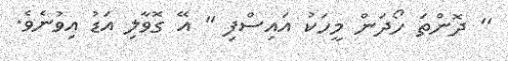
'' ދޮންތަ ހޯދަން މީހަކު އައިސްފި '' އޭ ގޮވާލި އަޑު އިވުނެވެ.